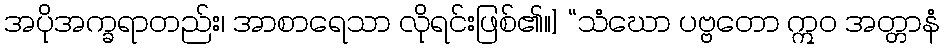
အပိုအက္ခရာတည်း၊ အာစာရေသာ လိုရင်းဖြစ်၏။] “သံဃော ပဗ္ဗတော ဣဝ အတ္တာနံ